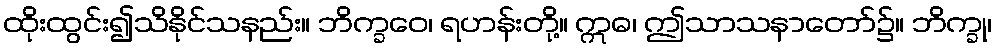
ထိုးထွင်း၍သိနိုင်သနည်း။ ဘိက္ခဝေ၊ ရဟန်းတို့။ ဣဓ၊ ဤသာသနာတော်၌။ ဘိက္ခု၊